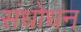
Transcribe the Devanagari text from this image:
संधोधन